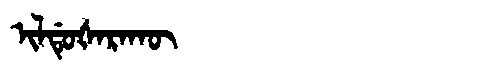
Manchu: ᡳᠯᡩᡠᡧᠠᡵᠠᡴᡡ
Romanization: ILDUŠARAKŪ